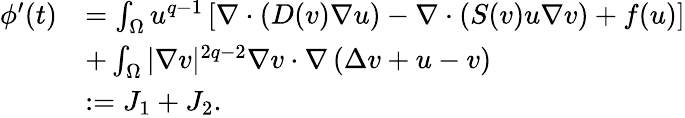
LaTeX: \begin{array}{rl}{\phi^{\prime}(t)}&{=\int_{\Omega}u^{q-1}\left[\nabla\cdot(D(v)\nabla u)-\nabla\cdot(S(v)u\nabla v)+f(u)\right]}\\ &{+\int_{\Omega}|\nabla v|^{2q-2}\nabla v\cdot\nabla\left(\Delta v+u-v\right)}\\ &{:=J_{1}+J_{2}.}\end{array}